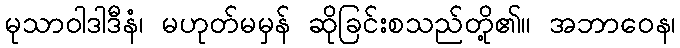
မုသာဝါဒါဒီနံ၊ မဟုတ်မမှန် ဆိုခြင်းစသည်တို့၏။ အဘာဝေန၊